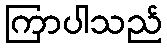
ကြာပါသည်